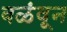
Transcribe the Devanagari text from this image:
वळंवून